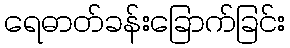
ရေဓာတ်ခန်းခြောက်ခြင်း